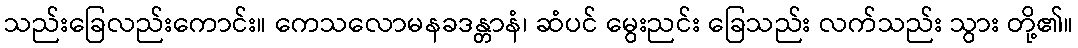
သည်းခြေလည်းကောင်း။ ကေသလောမနခဒန္တာနံ၊ ဆံပင် မွေးညင်း ခြေသည်း လက်သည်း သွား တို့၏။